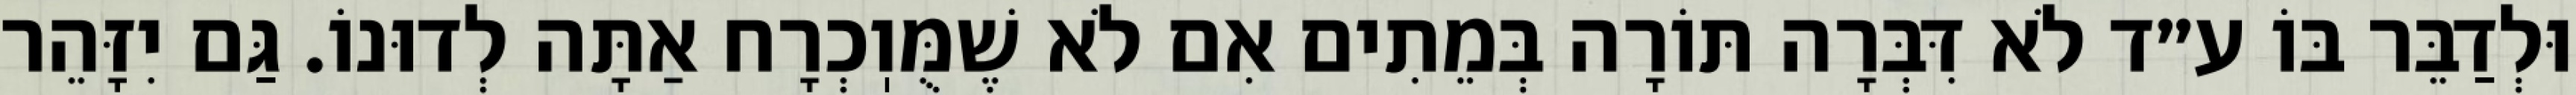
וּלְדַבֵּר בּוֹ ע״ד לֹא דִּבְּרָה תּוֹרָה בְּמֵתִים אִם לֹא שֶׁמֻּוֽכְרָח אַתָּה לְדוּנוֹ. גַּם יִזָּהֵר